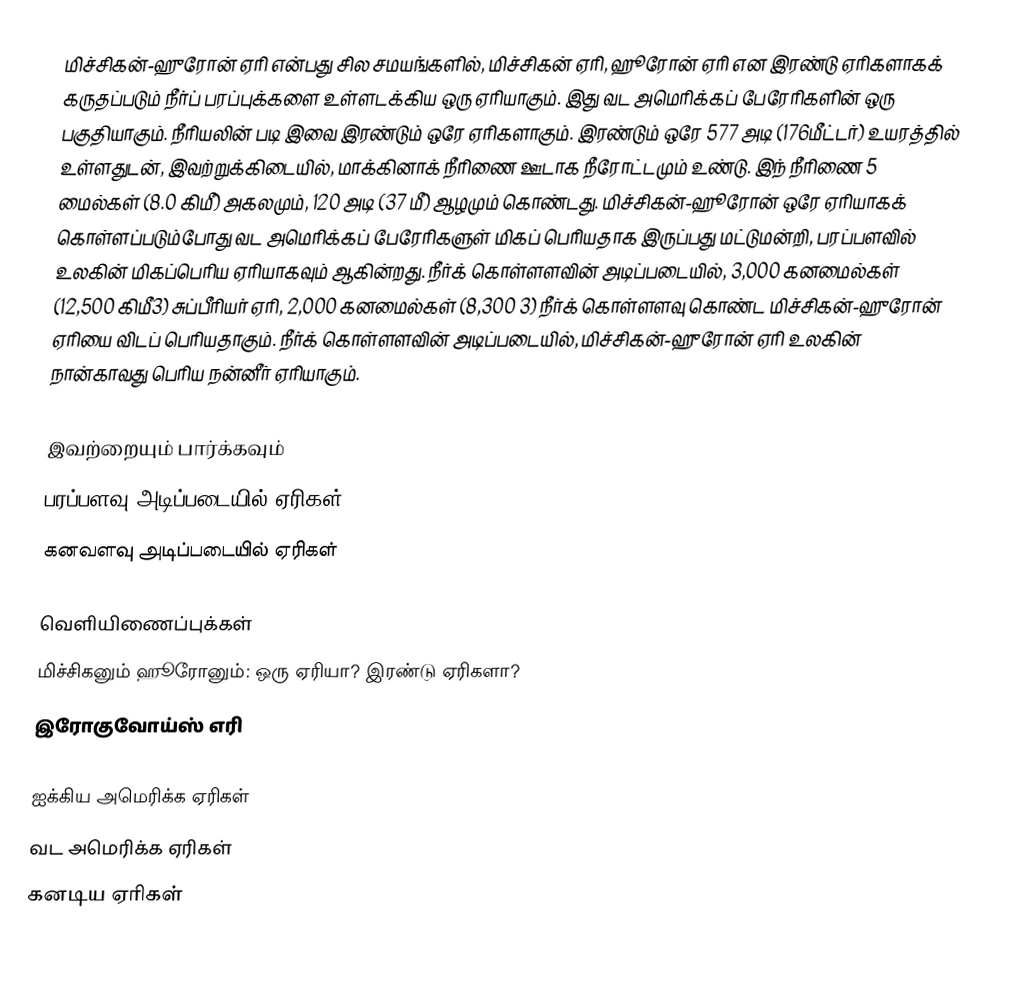
மிச்சிகன்-ஹுரோன் ஏரி என்பது சில சமயங்களில், மிச்சிகன் ஏரி, ஹூரோன் ஏரி என இரண்டு ஏரிகளாகக் கருதப்படும் நீர்ப் பரப்புக்களை உள்ளடக்கிய ஒரு ஏரியாகும். இது வட அமெரிக்கப் பேரேரிகளின் ஒரு பகுதியாகும். நீரியலின் படி இவை இரண்டும் ஒரே ஏரிகளாகும். இரண்டும் ஒரே 577 அடி (176மீட்டர்) உயரத்தில் உள்ளதுடன், இவற்றுக்கிடையில், மாக்கினாக் நீரிணை ஊடாக நீரோட்டமும் உண்டு. இந் நீரிணை 5 மைல்கள் (8.0 கிமீ) அகலமும், 120 அடி (37 மீ) ஆழமும் கொண்டது. மிச்சிகன்-ஹூரோன் ஒரே ஏரியாகக் கொள்ளப்படும்போது வட அமெரிக்கப் பேரேரிகளுள் மிகப் பெரியதாக இருப்பது மட்டுமன்றி, பரப்பளவில் உலகின் மிகப்பெரிய ஏரியாகவும் ஆகின்றது. நீர்க் கொள்ளளவின் அடிப்படையில், 3,000 கனமைல்கள் (12,500 கிமீ3) சுப்பீரியர் ஏரி, 2,000 கனமைல்கள் (8,300 3) நீர்க் கொள்ளளவு கொண்ட மிச்சிகன்-ஹுரோன் ஏரியை விடப் பெரியதாகும். நீர்க் கொள்ளளவின் அடிப்படையில், மிச்சிகன்-ஹுரோன் ஏரி உலகின் நான்காவது பெரிய நன்னீர் ஏரியாகும்.

இவற்றையும் பார்க்கவும்
 பரப்பளவு அடிப்படையில் ஏரிகள்
 கனவளவு அடிப்படையில் ஏரிகள்

வெளியிணைப்புக்கள்
 மிச்சிகனும் ஹூரோனும்: ஒரு ஏரியா? இரண்டு ஏரிகளா?
 இரோகுவோய்ஸ் எரி

ஐக்கிய அமெரிக்க ஏரிகள்
வட அமெரிக்க ஏரிகள்
கனடிய ஏரிகள்